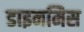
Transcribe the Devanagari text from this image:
डाइनमिस